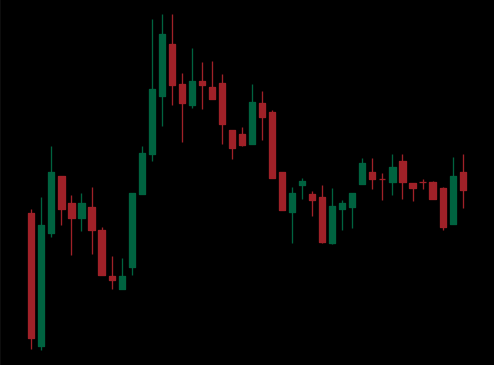
Pattern: head_shoulders